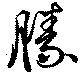
勝